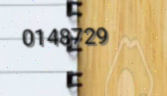
0148729